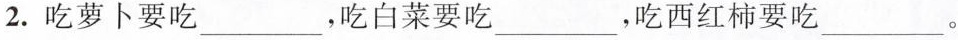
2.吃萝卜要吃___，吃白菜要吃___，吃西红柿要吃___。